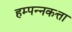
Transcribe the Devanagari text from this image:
हम्पन्नकत्ता